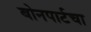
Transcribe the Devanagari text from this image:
बोनपार्टचा